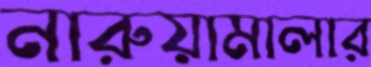
নারুয়ামালার